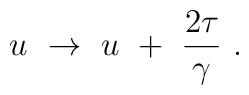
u ~\to~ u ~+~ {2 \tau \over \gamma}  \ .